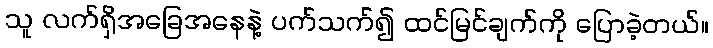
သူ လက်ရှိအခြေအနေနဲ့ ပက်သက်၍ ထင်မြင်ချက်ကို ပြောခဲ့တယ်။